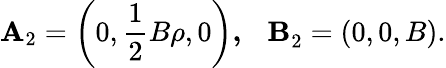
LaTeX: \mathbf{A}_{2}=\left(0,\frac{1}{2}B\rho,0\right)\mathbf{,~~\ B}_{2}=\left(0,0,B\right).